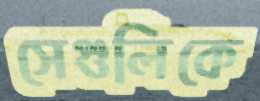
সেগুলিকে